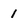
Character: 1